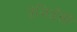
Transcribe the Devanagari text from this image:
प्रेजिडेंसी